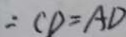
\therefore C D = A D